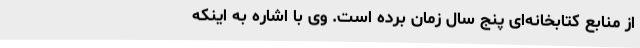
از منابع کتابخانه‌ای پنج سال زمان برده‌ است. وی با اشاره به اینکه